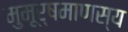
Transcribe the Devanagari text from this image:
मुमूर्षमाणस्य